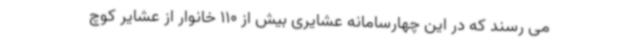
می رسند که در این چهارسامانه عشایری بیش از 110 خانوار از عشایر کوچ